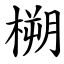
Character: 㮶